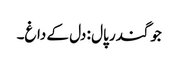
جوگندر پال : دل کے داغ۔